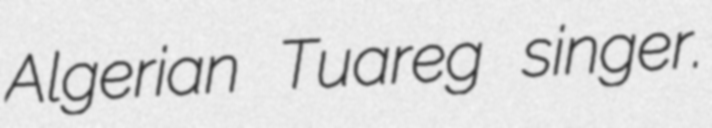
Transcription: Algerian Tuareg singer.